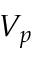
V _ { p }